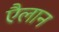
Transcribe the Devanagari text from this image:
एैलान